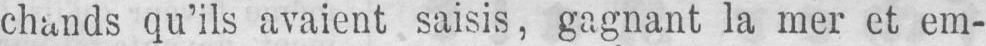
chands qu’ils avaient saisis, gagnant la mer et em-